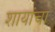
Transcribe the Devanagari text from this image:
शायांचा